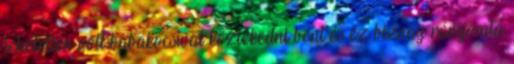
lehetetlen volt babakocsival közlekedni bent és ez bizony rányomta